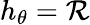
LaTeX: h_{\theta}=\mathcal{R}